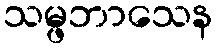
သမ္ဖဘာသေန